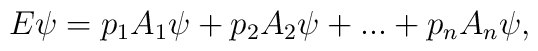
E\psi = p_{1}A_{1}\psi+p_{2}A_{2}\psi+...+p_{n}A_{n}\psi,